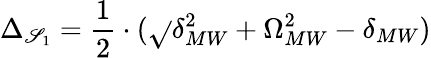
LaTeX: \Delta_{\mathscr{S}_{1}}=\frac{{1}}{{2}}\cdot(\sqrt{}{{\delta_{MW}^{2}+\Omega_{MW}^{2}}}-\delta_{MW})